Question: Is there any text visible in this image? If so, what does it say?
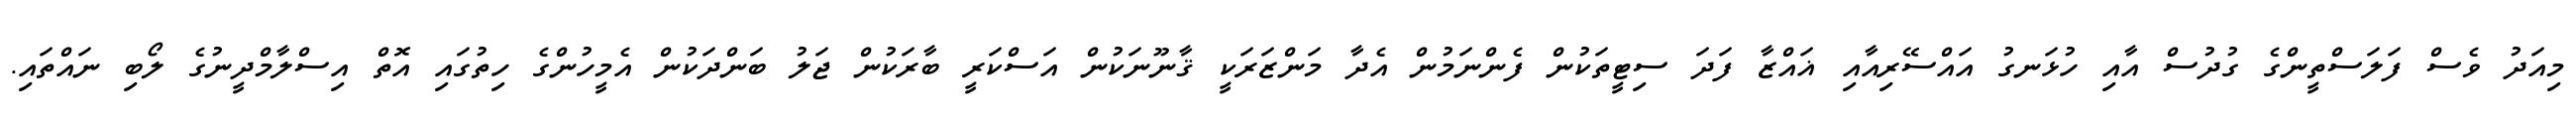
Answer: މިއަދު ވެސް ފަލަސްތީންގެ ގުދުސް އާއި ހުޅަނގު އައްސޭރިއާއި ޣައްޒާ ފަދަ ސިޓީތަކުން ފެންނަމުން އެދާ މަންޒަރަކީ ޤާނޫނަކުން އަސްކަރީ ބާރަކުން ޖަލު ބަންދަކުން އެމީހުންގެ ހިތުގައި އޮތް އިސްލާމްދީނުގެ ލޯބި ނައްތައި.